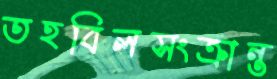
তহবিলসংক্রান্ত